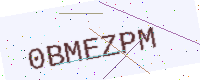
Text: 0BMEZPM